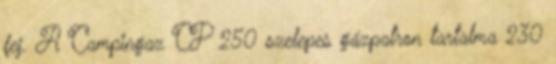
fej. A ​Campingaz CP 250 szelepes gázpatron tartalma 230